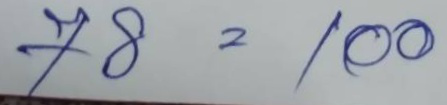
78 = 100